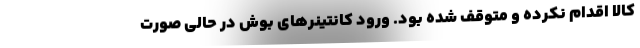
کالا اقدام نکرده و متوقف شده بود. ورود کانتینرهای بوش در حالی صورت